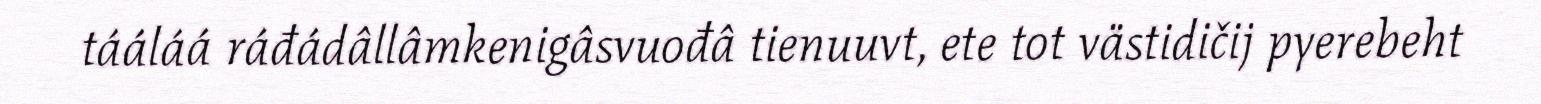
tááláá ráđádâllâmkenigâsvuođâ tienuuvt, ete tot västidičij pyerebeht